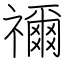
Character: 禰